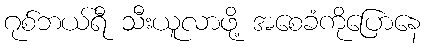
ဂုစ်ဘယ်ရီ သီးယူလာဖို့ အစေခံကိုပြောနေ